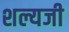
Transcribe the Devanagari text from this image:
शल्यजी